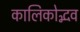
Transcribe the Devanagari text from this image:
कालिकोद्भव